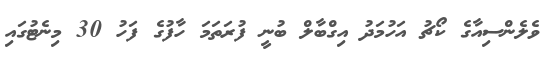
ވެލެންސިއާގެ ކޯޗު އަހުމަދު އިގްބާލް ބުނީ ފުރަތަމަ ހާފުގެ ފަހު 30 މިނެޓުގައި